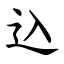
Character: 込